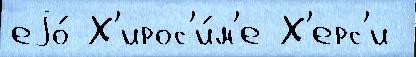
еjо́ Х'ирос'и́м'е Х'ерс'и